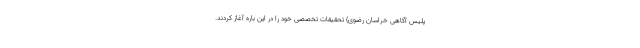
پلیس آگاهی خراسان رضوی) تحقیقات تخصصی خود را در این باره آغاز کردند.